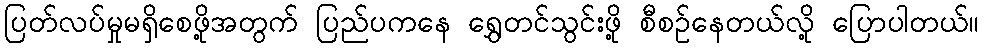
ပြတ်လပ်မှုမရှိစေဖို့အတွက် ပြည်ပကနေ ရွှေတင်သွင်းဖို့ စီစဥ်နေတယ်လို့ ပြောပါတယ်။